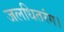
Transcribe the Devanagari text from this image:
जलधितरंग।